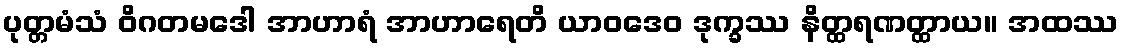
ပုတ္တမံသံ ဝိဂတမဒေါ အာဟာရံ အာဟာရေတိ ယာဝဒေဝ ဒုက္ခဿ နိတ္ထရဏတ္ထာယ။ အထဿ